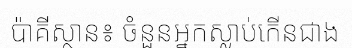
ប៉ាគីស្ថាន៖ ចំនួនអ្នកស្លាប់កើនជាង